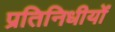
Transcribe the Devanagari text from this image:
प्रतिनिधीयों